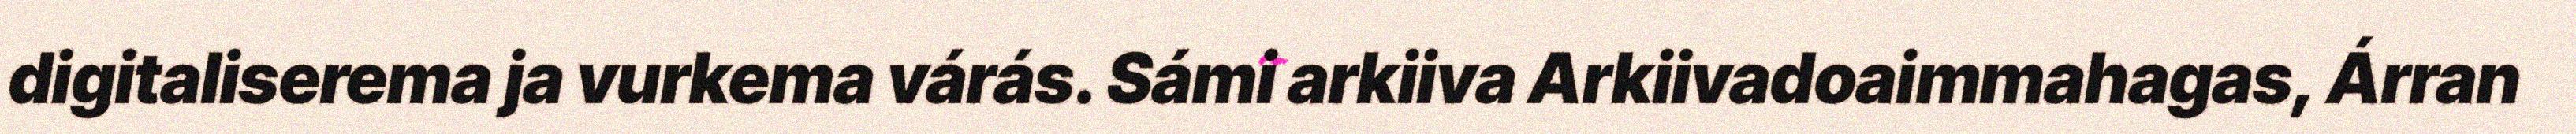
digitaliserema ja vurkema várás. Sámi arkiiva Arkiivadoaimmahagas, Árran